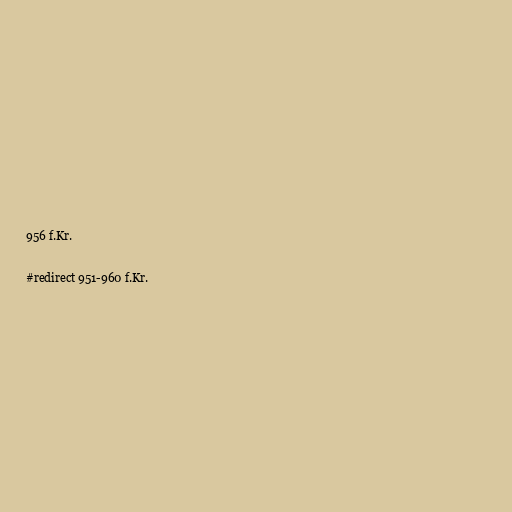
956 f.Kr.

#redirect 951-960 f.Kr.